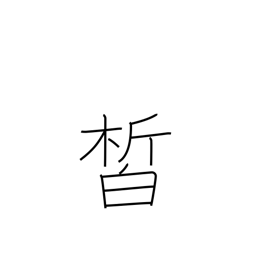
Meaning: clear